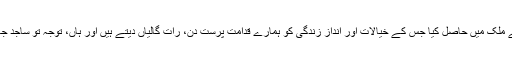
یہ مقام انہوں نے ایک ایسے ملک میں حاصل کیا جس کے خیالات اور انداز زندگی کو ہمارے قدامت پرست دن، رات گالیاں دیتے ہیں اور ہاں، توجّہ تو ساجد جاوید اور صادق خان پر ہے۔